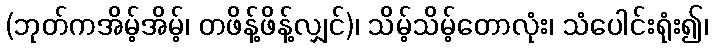
(ဘုတ်ကအိမ့်အိမ့်၊ တဖိန့်ဖိန့်လျှင်)၊ သိမ့်သိမ့်တောလုံး၊ သံပေါင်းရုံး၍၊